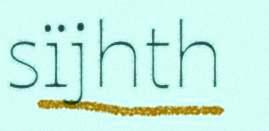
sïjhth